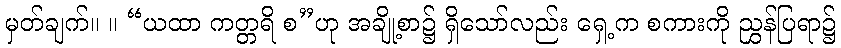
မှတ်ချက်။ ။ “ယထာ ကတ္တရိ စ”ဟု အချို့စာ၌ ရှိသော်လည်း ရှေ့က စကားကို ညွှန်ပြရာ၌